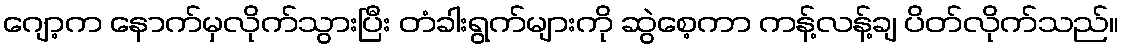
ဂျော့က နောက်မှလိုက်သွားပြီး တံခါးရွက်များကို ဆွဲစေ့ကာ ကန့်လန့်ချ ပိတ်လိုက်သည်။